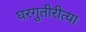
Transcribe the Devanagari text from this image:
घरगुतीरीत्या